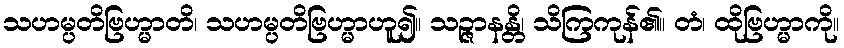
သဟမ္ပတိဗြဟ္မာတိ၊ သဟမ္ပတိဗြဟ္မာဟူ၍။ သဉ္ဇာနန္တိ၊ သိကြကုန်၏။ တံ၊ ထိုဗြဟ္မာကို။